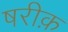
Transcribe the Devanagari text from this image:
षरीक़